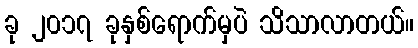
ခု ၂၀၁၇ ခုနှစ်ရောက်မှပဲ သိသာလာတယ်။